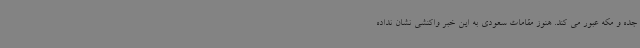
جده و مکه عبور می کند. هنوز مقامات سعودی به این خبر واکنشی نشان نداده